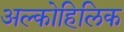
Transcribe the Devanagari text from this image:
अल्कोहिलिक